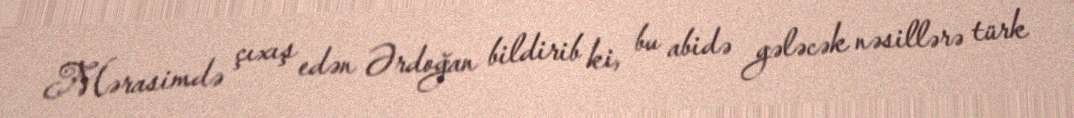
Mərasimdə çıxış edən Ərdoğan bildirib ki, bu abidə gələcək nəsillərə türk